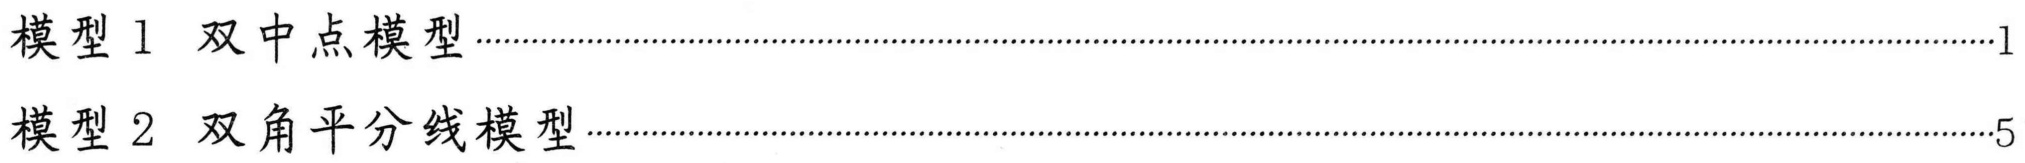
模型 1 双中点模型 \dotfill1
模型 2 双角平分线模型 \dotfill5